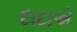
દાદાએ